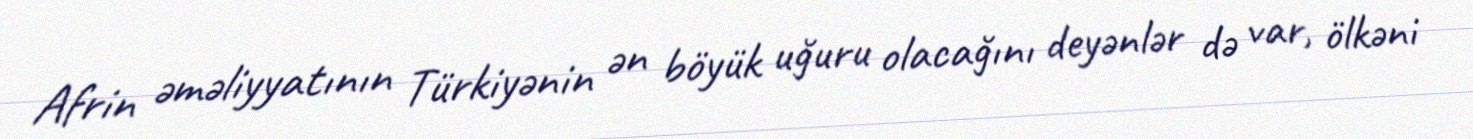
Afrin əməliyyatının Türkiyənin ən böyük uğuru olacağını deyənlər də var, ölkəni